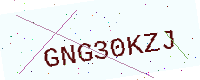
Text: GNG30KZJ